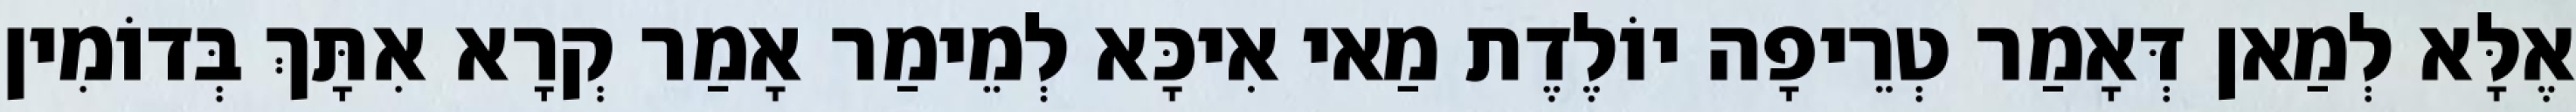
אֶלָּא לְמַאן דְּאָמַר טְרֵיפָה יוֹלֶדֶת מַאי אִיכָּא לְמֵימַר אָמַר קְרָא אִתָּךְ בְּדוֹמִין